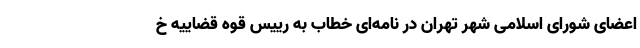
اعضای شورای اسلامی شهر تهران در نامه‌ای خطاب به رییس قوه قضاییه خ